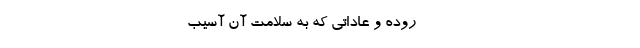
------------------------------- روده و عاداتی که به سلامت آن آسیب